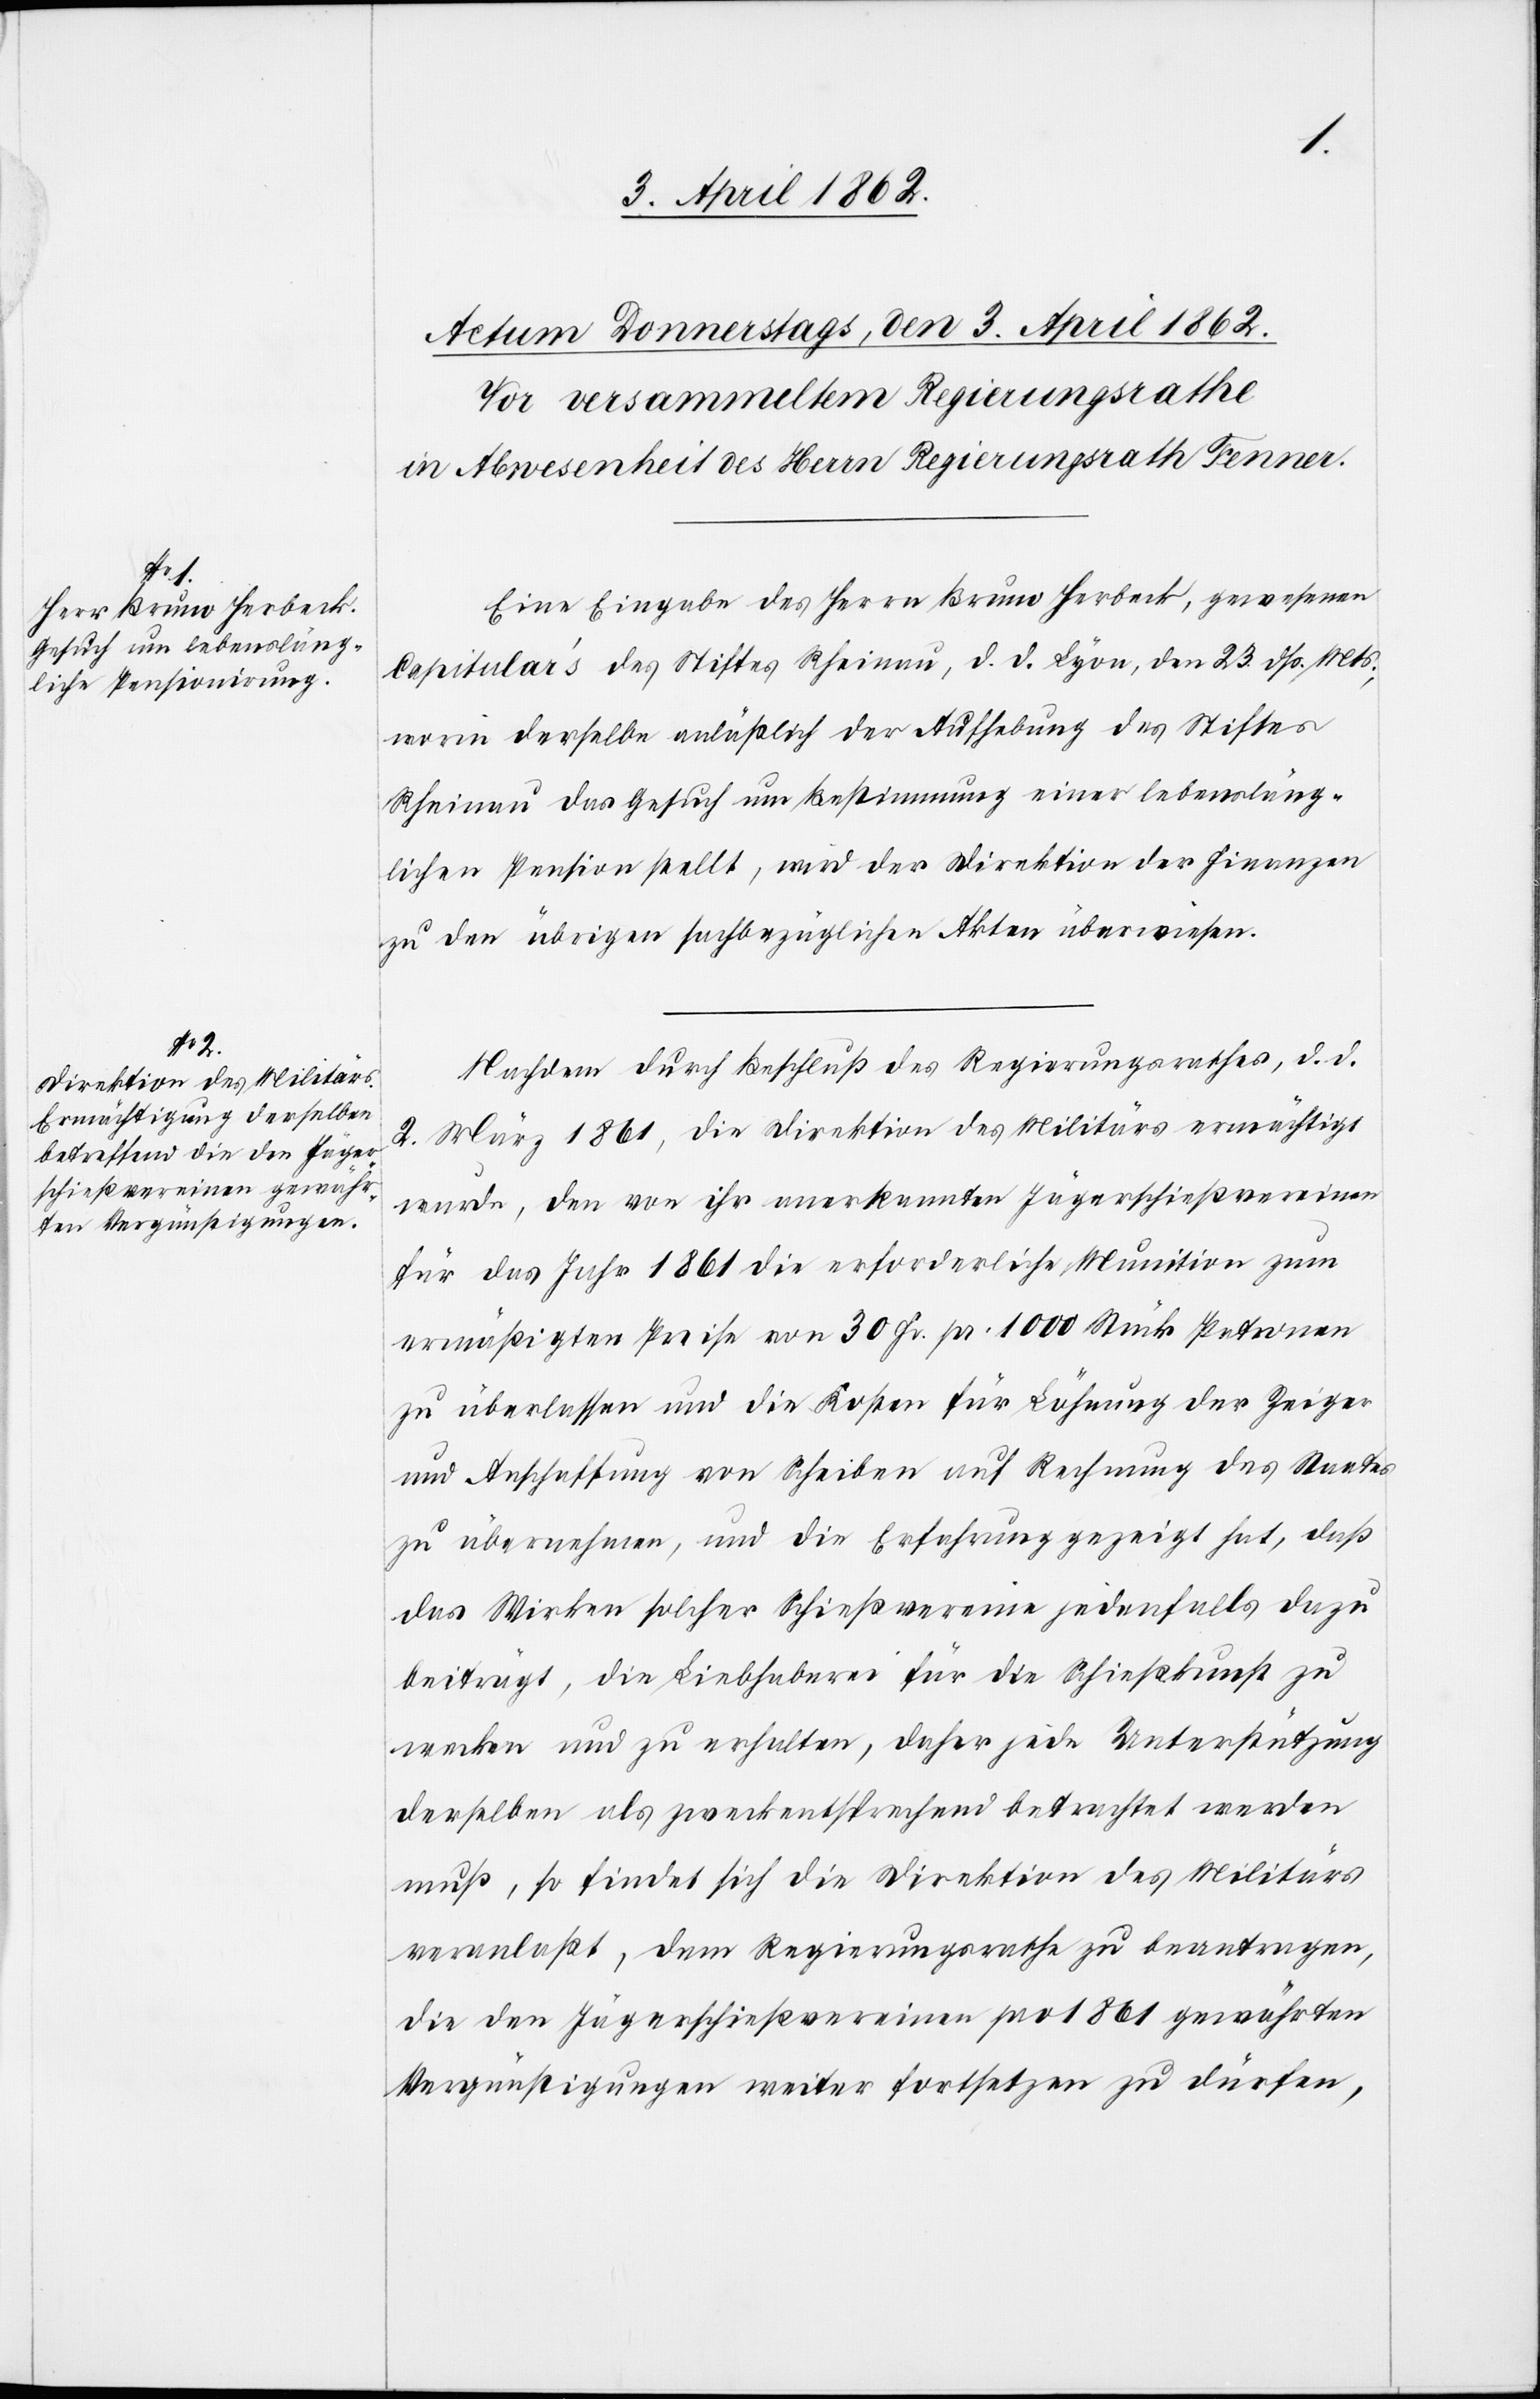
Eine Eingabe des Herrn Bruno Herbeck, gewesenen
Capitular’s des Stiftes Rheinau, d. d. Lyon, den 23. dß. Mts,
worin derselbe anläßlich der Aufhebung des Stiftes
Rheinau das Gesuch um Bestimmung einer lebensläng¬
lichen Pension stellt, wird der Direktion der Finanzen
zu den übrigen sachbezüglichen Akten überwiesen.
Nachdem durch Beschluß des Regierungsrathes, d. d.
2. März 1861, die Direktion des Militärs ermächtigt
wurde, den von ihr anerkannten Jägerschießvereinen
für das Jahr 1861 die erforderliche Munition zum
ermäßigten Preise von 30 fr. pr. 1000 Stück Patronen
zu überlassen und die Kosten für Löhnung der Zeiger
und Anschaffung von Scheiben auf Rechnung des Staates
zu übernehmen, und die Erfahrung gezeigt hat, daß
das Wirken solcher Schießvereine jedenfalls dazu
beiträgt, die Liebhaberei für die Schießkunst zu
wecken und zu erhalten, daher jede Unterstützung
derselben als zweckentsprechend betrachtet werden
muß, so findet sich die Direktion des Militärs
veranlaßt, dem Regierungsrathe zu beantragen,
die den Jägerschießvereinen pro 1861 gewährten
Vergünstigungen weiter fortsetzen zu dürfen,